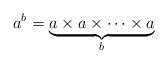
LaTeX: \begin{align*}a^b = \underbrace{a \times a \times \cdots \times a}_{b}\end{align*}